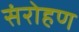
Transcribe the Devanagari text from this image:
संरोहण